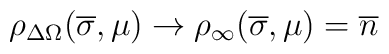
\rho_{\Delta\Omega}(\overline\sigma,\mu)\to \rho_\infty(\overline\sigma,\mu) = \overline n